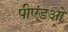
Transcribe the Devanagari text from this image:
पीएंडओ